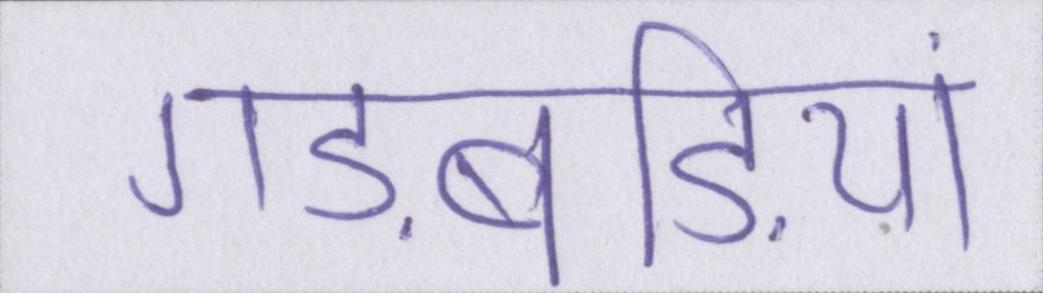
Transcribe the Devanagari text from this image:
गड़बड़ियां